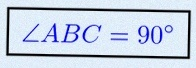
\angle ABC=90^\circ